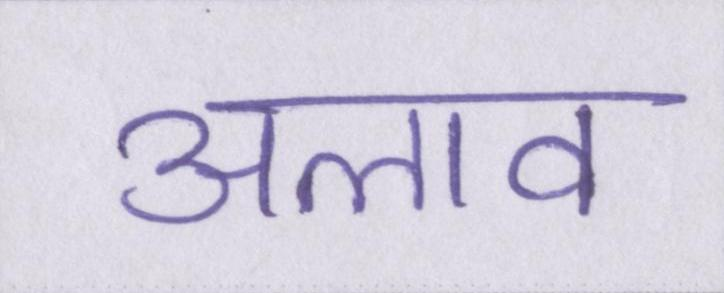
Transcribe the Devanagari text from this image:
अलाव